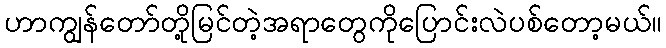
ဟာကျွန်တော်တို့မြင်တဲ့အရာတွေကိုပြောင်းလဲပစ်တော့မယ်။